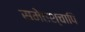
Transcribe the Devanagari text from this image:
समेतश्चापि